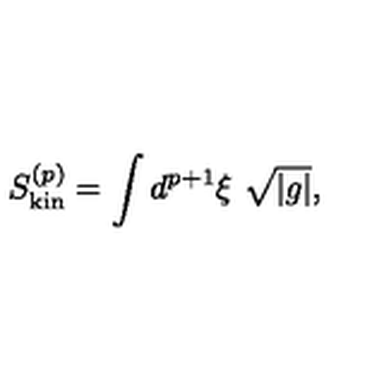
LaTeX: S _ { \mathrm { k i n } } ^ { ( p ) } = \int d ^ { p + 1 } \xi \ \sqrt { | g | } ,